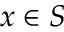
x \in S